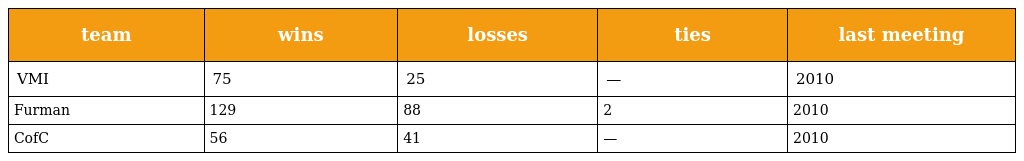
| team | wins | losses | ties | last meeting |
 | --- | --- | --- | --- | --- |
 | VMI | 75 | 25 | — | 2010 |
 | Furman | 129 | 88 | 2 | 2010 |
 | CofC | 56 | 41 | — | 2010 |